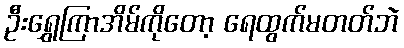
ဦးရွှေကြာအိမ်ကိုတော့ ရေထွက်မတတ်ဘဲ